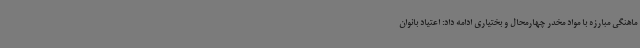
ماهنگی مبارزه با مواد مخدر چهارمحال و بختیاری ادامه داد: اعتیاد بانوان